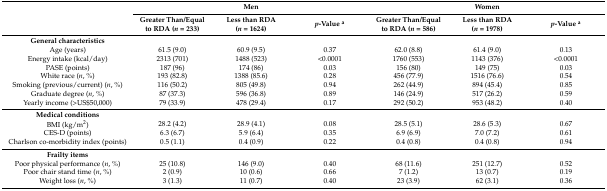
<table><thead><tr><td rowspan="2"></td><td colspan="3"><b>Men</b></td><td colspan="3"><b>Women</b></td></tr><tr><td><b>Greater Than/Equal to RDA (<i>n</i> = 233)</b></td><td><b>Less than RDA (<i>n</i> = 1624)</b></td><td><b><i>p</i>-Value <sup>a</sup></b></td><td><b>Greater Than/Equal to RDA (<i>n</i> = 586)</b></td><td><b>Less than RDA (<i>n</i> = 1978)</b></td><td><b><i>p</i>-Value <sup>a</sup></b></td></tr></thead><tbody><tr><td><b>General characteristics</b></td><td></td><td></td><td></td><td></td><td></td><td></td></tr><tr><td>Age (years)</td><td>61.5 (9.0)</td><td>60.9 (9.5)</td><td>0.37</td><td>62.0 (8.8)</td><td>61.4 (9.0)</td><td>0.13</td></tr><tr><td>Energy intake (kcal/day)</td><td>2313 (701)</td><td>1488 (523)</td><td>&lt;0.0001</td><td>1760 (553)</td><td>1143 (376)</td><td>&lt;0.0001</td></tr><tr><td>PASE (points)</td><td>187 (96)</td><td>174 (86)</td><td>0.03</td><td>156 (80)</td><td>149 (75)</td><td>0.03</td></tr><tr><td>White race (<i>n</i>, %)</td><td>193 (82.8)</td><td>1388 (85.6)</td><td>0.28</td><td>456 (77.9)</td><td>1516 (76.6)</td><td>0.54</td></tr><tr><td>Smoking (previous/current) (<i>n</i>, %)</td><td>116 (50.2)</td><td>805 (49.8)</td><td>0.94</td><td>262 (44.9)</td><td>894 (45.4)</td><td>0.85</td></tr><tr><td>Graduate degree (<i>n</i>, %)</td><td>87 (37.3)</td><td>596 (36.8)</td><td>0.89</td><td>146 (24.9)</td><td>517 (26.2)</td><td>0.59</td></tr><tr><td>Yearly income (&gt;US$50,000)</td><td>79 (33.9)</td><td>478 (29.4)</td><td>0.17</td><td>292 (50.2)</td><td>953 (48.2)</td><td>0.40</td></tr><tr><td><b>Medical conditions</b></td><td></td><td></td><td></td><td></td><td></td><td></td></tr><tr><td>BMI (kg/m<sup>2</sup>)</td><td>28.2 (4.2)</td><td>28.9 (4.1)</td><td>0.08</td><td>28.5 (5.1)</td><td>28.6 (5.3)</td><td>0.67</td></tr><tr><td>CES-D (points)</td><td>6.3 (6.7)</td><td>5.9 (6.4)</td><td>0.35</td><td>6.9 (6.9)</td><td>7.0 (7.2)</td><td>0.61</td></tr><tr><td>Charlson co-morbidity index (points)</td><td>0.5 (1.1)</td><td>0.4 (0.9)</td><td>0.22</td><td>0.4 (0.8)</td><td>0.4 (0.8)</td><td>0.94</td></tr><tr><td><b>Frailty items</b></td><td></td><td></td><td></td><td></td><td></td><td></td></tr><tr><td>Poor physical performance (<i>n</i>, %)</td><td>25 (10.8)</td><td>146 (9.0)</td><td>0.40</td><td>68 (11.6)</td><td>251 (12.7)</td><td>0.52</td></tr><tr><td>Poor chair stand time (<i>n</i>, %)</td><td>2 (0.9)</td><td>10 (0.6)</td><td>0.66</td><td>7 (1.2)</td><td>13 (0.7)</td><td>0.19</td></tr><tr><td>Weight loss (<i>n</i>, %)</td><td>3 (1.3)</td><td>11 (0.7)</td><td>0.40</td><td>23 (3.9)</td><td>62 (3.1)</td><td>0.36</td></tr></tbody></table>